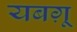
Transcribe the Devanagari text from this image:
यबग़ू